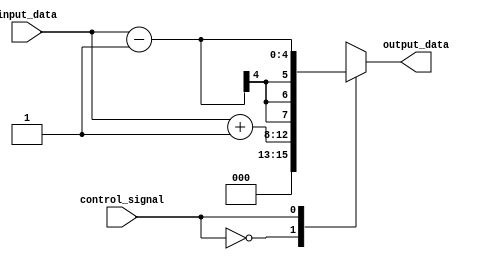
module full_case_statement (
    input wire control_signal,
    input wire [3:0] input_data,
    output reg [7:0] output_data
);

always @* begin
    case (control_signal)
        4'b0000: output_data = input_data + 1;
        4'b0001: output_data = input_data - 1;
        4'b0010: output_data = input_data * 2;
        4'b0011: output_data = input_data / 2;
        default: output_data = 8'b00000000;
    endcase
end

endmodule